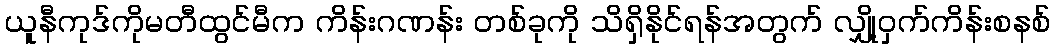
ယူနီကုဒ်ကိုမတီထွင်မီက ကိန်းဂဏန်း တစ်ခုကို သိရှိနိုင်ရန်အတွက် လျှို့ဝှက်ကိန်းစနစ်